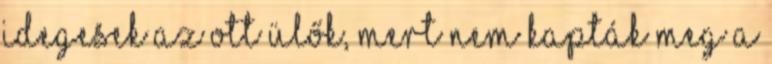
idegesek az ott ülők, mert nem kapták meg a